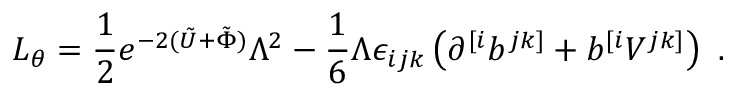
{ \cal { L } } _ { \theta } = { \frac { 1 } { 2 } } e ^ { - 2 ( \tilde { U } + \tilde { \Phi } ) } \Lambda ^ { 2 } - { \frac { 1 } { 6 } } \Lambda \epsilon _ { i j k } \left( \partial ^ { [ i } b ^ { j k ] } + b ^ { [ i } V ^ { j k ] } \right) \ .